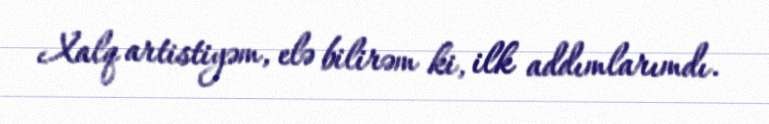
Xalq artistiyəm, elə bilirəm ki, ilk addımlarımdı.